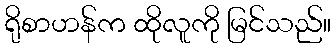
ရိုစာဟန်က ထိုလူကို မြင်သည်။